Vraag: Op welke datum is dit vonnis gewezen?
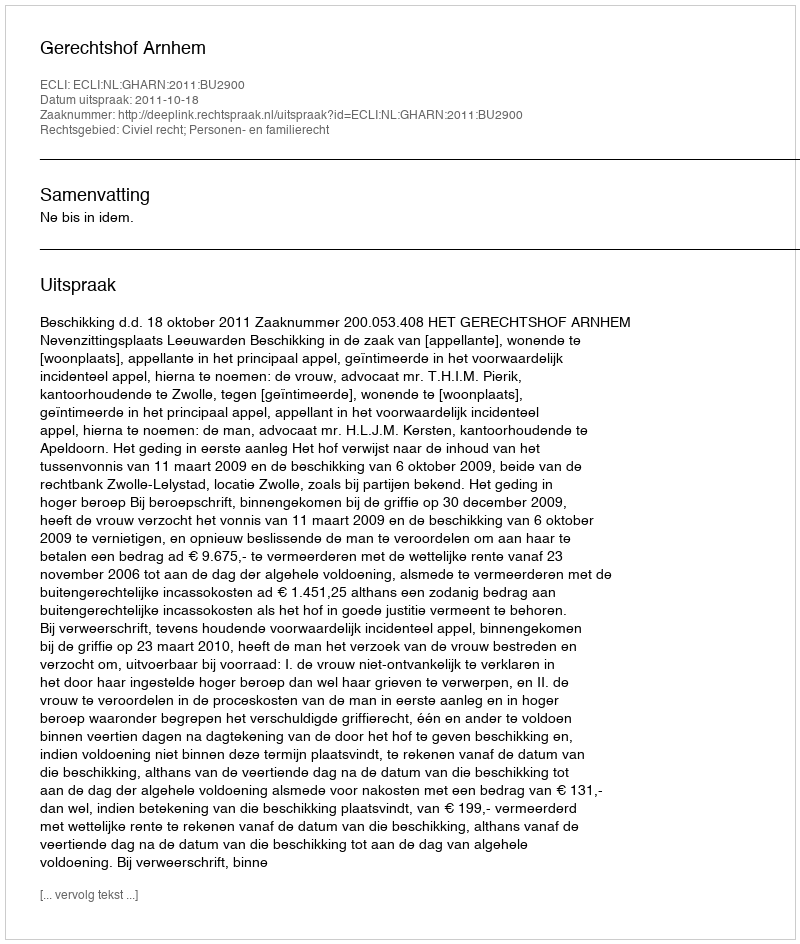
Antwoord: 2011-10-18